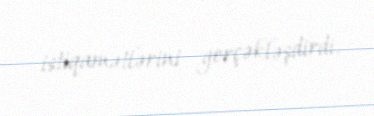
istiqamətlərini gerçəkləşdirdi.